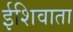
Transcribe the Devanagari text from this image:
ईशिवाता